Report of the Indian Hemp Drugs Commission, 1894-1895 - Volume VI
Year: 1894
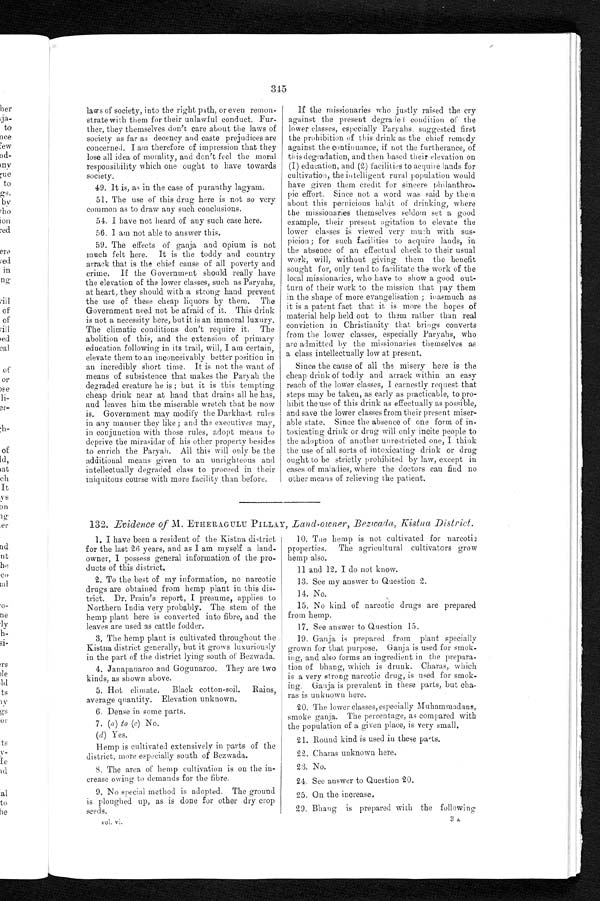
345
laws of society, into the right path, or even remon-
strate with them for their unlawful conduct. Fur-
ther, they themselves don't care about the laws of
society as far as decency and caste prejudices are
concerned. I am therefore of impression that they
lose all idea of morality, and don't feel the moral
responsibility which one ought to have towards
society.
49. It is, as in the case of puranthy lagyam.
51. The use of this drug here is not so very
common as to draw any such conclusions.
54. I have not heard of any such case here.
56. I am not able to answer this.
59. The effects of ganja and opium is not
much felt here. It is the toddy and country
arrack that is the chief cause of all poverty and
crime. If the Government should really have
the elevation of the lower classes, such as Paryahs,
at heart, they should with a strong hand prevent
the use of these cheap liquors by them. The
Government need not be afraid of it. This drink
is not a necessity here, but it is an immoral luxury.
The climatic conditions don't require it. The
abolition of this, and the extension of primary
education following in its trail, will, I am certain,
elevate them to an inconceivably better position in
an incredibly short time, It is not the want of
means of subsistence that makes the Paryah the
degraded creature he is ; but it is this tempting
cheap drink near at hand that drains all he has,
and leaves him the miserable wretch that he now
is. Government may modify the Darkhast rules
in any manner they like; and the executives may,
in conjunction with those rules, adopt means to
deprive the mirasidar of his other property besides
to enrich the Paryah. All this will only be the
additional means given to an unrighteous and
intellectually degraded class to proceed in their
iniquitous course with more facility than before.
If the missionaries who justly raised the cry
against the present degrade i condition of the
lower classes, especially Paryahs, suggested first
the prohibition of this drink as the chief remedy
against the continuance, if not the furtherance, of
this degradation, and then based their elevation on
(I) education, and (2) facilities to acquire lands for
cultivation, the intelligent rural population would
have given them credit for sincere philanthro-
pic effort. Since not a word was said by them
about this pernicious habit of drinking, where
the missionaries themselves seldom set a good
example, their present agitation to elevate the lower classes is viewed very much with sus-
picion ; for such facilities to acquire lands, in
the absence of an effectual check to their usual
work, will, without giving them the benefit
sought for, only tend to facilitate the work of the
local missionaries, who have to show a good out-
turn of their work to the mission that pay them
in the shape of more evangelisation ; inasmuch as
it is a patent fact that it is more the hopes of
material help held out to them rather than real
conviction in Christianity that brings converts
from the lower classes, especially Paryahs, who
are admitted by the missionaries themselves as
a class intellectually low at present.
Since the cause of all the misery here is the
cheap drink of toddy and arrack within an easy
reach of the lower classes, I earnestly request that
steps may be taken, as early as practicable, to pro-
hibit the use of this drink as effectually as possible,
and save the lower classes from their present miser-
able state. Since the absence of one form of in-
toxicating drink or drug will only incite people to
the adoption of another unrestricted one, I think
the use of all sorts of intoxicating drink or drug
ought to be strictly prohibited by law, except in
cases of maladies, where the doctors can find no
other means of relieving the patient.
132. Evidence of M. ETHERAGULU PILLAY, Land-owner, Bezwada, Kistna District .
1. I have been a resident of the Kistna district
for the last 26 years, and as I am myself a land-
owner, I possess general information of the pro-
ducts of this district.
2. To the best of my information, no narcotic
drugs are obtained from hemp plant in this dis-
trict. Dr. Prain's report, I presume, applies to
Northern India very probably. The stem of the
hemp plant here is converted into fibre, and the
leaves are use as cattle fodder.
3. The hemp plant is cultivated throughout the
Kistna district generally, but it grows luxuriously
in the part of the district lying south of Bezwada.
4. Janapanaroo and Gogunaroo. They are two
kinds, as shown above.
5. Hot climate. Black cotton-soil. Rains,
average quantity. Elevation unknown.
6. Dense in some parts.
7. (a ) to (c) No.
( d) Yes.
Hemp is cultivated extensively in parts of the
district, more especially south of Bezwada.
8. The area of hemp cultivation is on the in-
crease owing to demands for the fibre.
9. No special method is adopted. The ground
is ploughed up, as is done for other dry crop
seeds.
vol. vi.
10. Tile hemp is not cultivated for narcotic
properties. The agricultural cultivators grow
hemp also.
11 and 12. I do not know.
13. See my answer to Question 2.
14. No.
15. No kind of narcotic drugs are prepared
from hemp.
17. See answer to Question 15.
19. Ganja is prepared from plant specially
grown for that purpose. Ganja is used for smok-
ing, and also forms an ingredient in the prepara-
tion of bhang, which is drunk. Charas, which
is a very strong narcotic drug, is used for smok-
ing. Ganja is prevalent in these parts, but cha-
ras is unknown here.
20. The lower classes, especially Muhammadans,
smoke ganja. The percentage, as compared with
the population of a gi ven place, is very small.
21. Round kind is used in these parts.
22. Charas unknown here.
23. No.
24. See answer to Question 20.
25. On the increase.
29. Bhang is prepared with the following
3 A